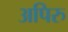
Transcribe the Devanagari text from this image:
अपिरु